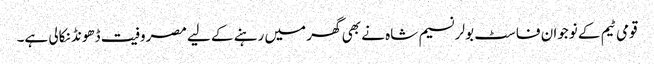
قومی ٹیم کے نوجوان فاسٹ بولر نسیم شاہ نے بھی گھر میں رہنے کے لیے مصروفیت ڈھونڈ نکالی ہے۔